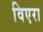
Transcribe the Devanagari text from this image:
विएरा